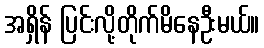
အရှိန် ပြင်းလို့တိုက်မိနေဦးမယ်။